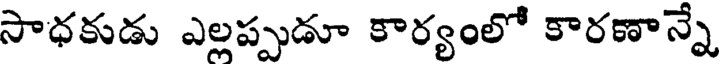
సాధకుడు ఎల్లప్పుడూ కార్యంలో కారణాన్నే